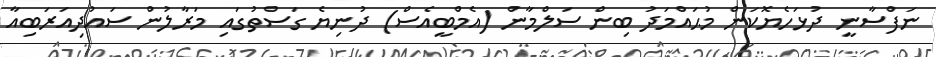
ނަފްސާނީ ދުޅަހެޔޮކަން މުޙައްމަދު ބިން ސަލްމާން (އެމްބީއެސް) ދުނިޔެ ގަސްތުގައި މަރާލުން ސައުދިއަރަބިއާ